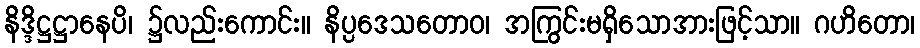
နိဒ္ဒိဋ္ဌဋ္ဌာနေပိ၊ ၌လည်းကောင်း။ နိပ္ပဒေသတောဝ၊ အကြွင်းမရှိသောအားဖြင့်သာ။ ဂဟိတော၊